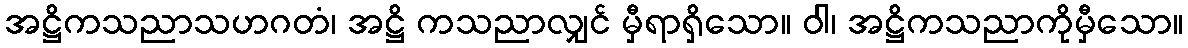
အဋ္ဌိကသညာသဟဂတံ၊ အဋ္ဌိ ကသညာလျှင် မှီရာရှိသော။ ဝါ၊ အဋ္ဌိကသညာကိုမှီသော။